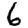
Digit: 6